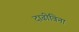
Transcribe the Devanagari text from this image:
दाढीविना